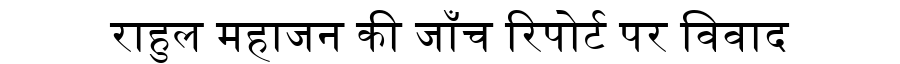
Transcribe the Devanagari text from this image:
राहुल महाजन की जाँच रिपोर्ट पर विवाद